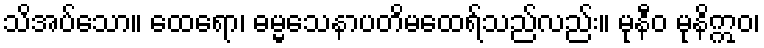
သိအပ်သော။ ထေရော၊ ဓမ္မသေနာပတိမထေရ်သည်လည်း။ မုနီဝ မုနိဣဝ၊